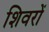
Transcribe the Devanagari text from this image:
शिवरों